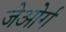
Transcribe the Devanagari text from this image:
जेओर्ग